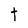
Character: t